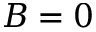
B = 0